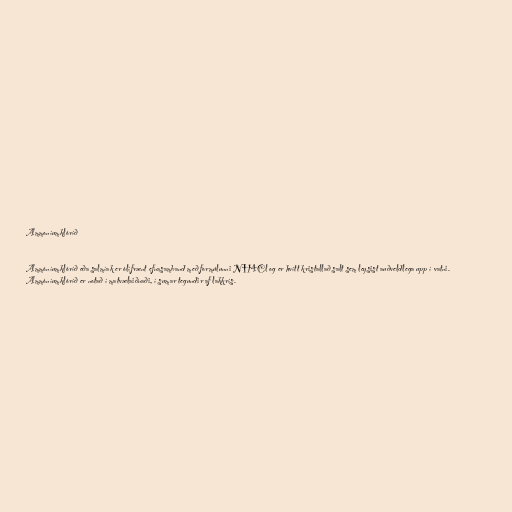
Ammoníumklóríð

Ammóníumklóríð eða salmíak er ólífrænt efnasamband með formúlunni NH4Cl og er hvítt kristallað salt sem leysist auðveldlega upp í vatni.
Ammóníumklóríð er notað í matvælaiðnaði, í sumar tegundir af lakkrís.